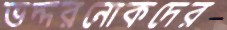
ভদ্দরনোকদের